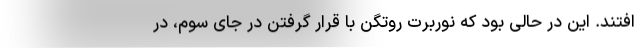
افتند. این در حالی بود که نوربرت روتگن با قرار گرفتن در جای سوم، در